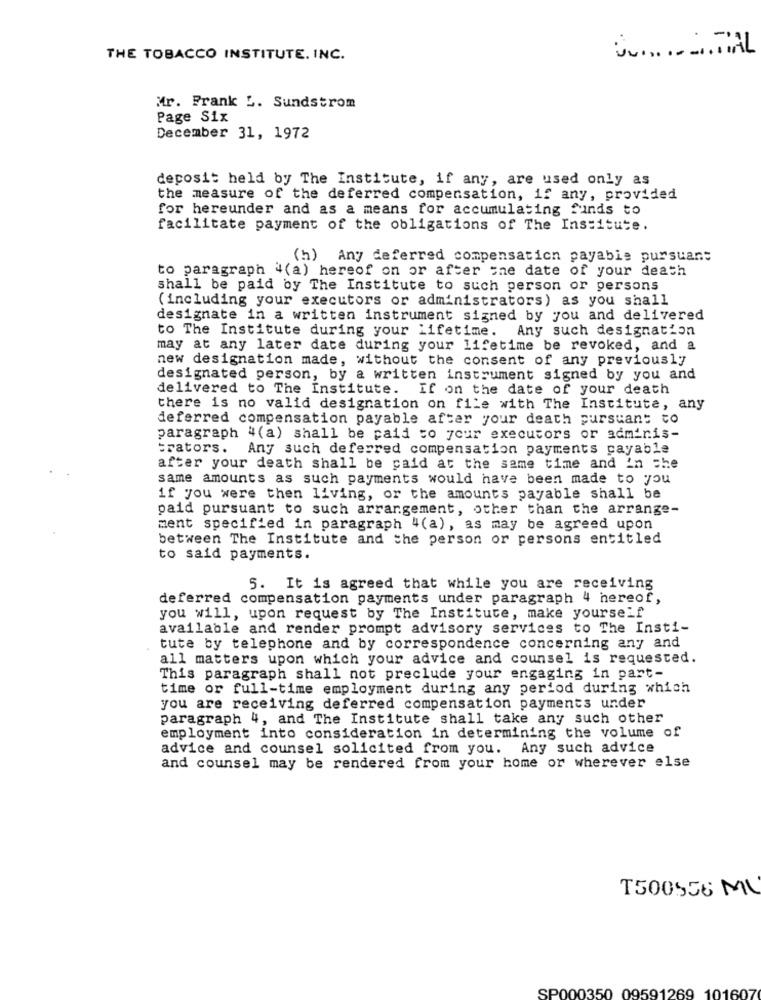
THE TOBACCO INSTITUTE. INC.
Mr. Frank L. Sundstrom
Page Six
December 31, 1972
deposit held by The Institute, if any, are used only as
the measure of the deferred compensation, if any, provided
for hereunder and as a means for accumulating funds to
facilitate payment of the obligations of The Institute.
(h) Any deferred compensation payable pursuant
to paragraph 4(a) hereof on or after the date of your death
shall be paid by The Institute to such person or persons
( including your executors or administrators) as you shall
designate in a written instrument signed by you and delivered
to The Institute during your Lifetime.
Any such designation
may at any later date during your lifetime be revoked, and a
new designation made, without the consent of any previously
designated person, by a written instrument signed by you and
delivered to The Institute. If on the date of your death
there is no valid designation on file with The Institute, any
deferred compensation payable after your death pursuant to
paragraph 4(a) shall be paid to your executors or adminis-
trators.
Any such deferred compensation payments payable
after your death shall be paid at the same time and in che
same amounts as such payments would have been made to you
if you were then living, or the amounts payable shall be
paid pursuant to such arrangement, other than the arrange-
ment specified in paragraph 4(a), as may be agreed upon
between The Institute and the person or persons entitled
to said payments.
5. It is agreed that while you are receiving
deferred compensation payments under paragraph 4 hereof,
you will, upon request by The Institute, make yourself
available and render prompt advisory services to The Insti-
tute by telephone and by correspondence concerning any and
all matters upon which your advice and counsel is requested.
This paragraph shall not preclude your engaging in part-
time or full-time employment during any period during which
you are receiving deferred compensation payments under
paragraph 4, and The Institute shall take any such other
employment into consideration in determining the volume of
advice and counsel solicited from you. Any such advice
and counsel may be rendered from your home or wherever else
T500556 MU
SP000350 09591269 101607